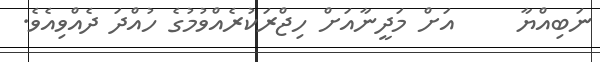
ނަބިއްޔާ     އަށް މަދީނާއަށް ހިޖްރަކުރެއްވުމުގެ ހުއްދަ ދެއްވިއެވެ.